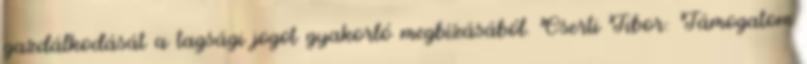
gazdálkodását a tagsági jogot gyakorló megbízásából. Cserti Tibor: Támogatom